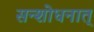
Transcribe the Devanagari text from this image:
सन्शोधनात्